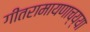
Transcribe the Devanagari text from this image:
गीतरामायणाच्य्या